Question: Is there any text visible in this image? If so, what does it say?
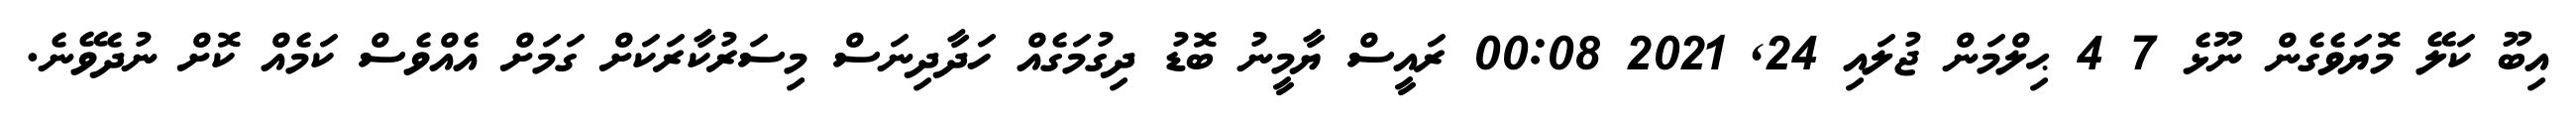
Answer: އިބޫ ކަލޭ މޮޔަވެގެން ނޫޅެ 7 4 ޙިލްމަން ޖުލައި 24, 2021 00:08 ރައީސް ޔާމީނު ބޮޑު ދިގުމަގެއް ހަދާދިނަސް މިސަރުކާރަކަށް ގަމަށް އެއްވެސް ކަމެއް ކޮށް ނުދެވޭނެ.